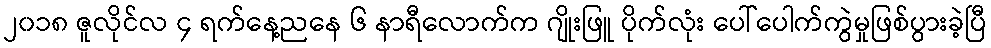
၂၀၁၈ ဇူလိုင်လ ၄ ရက်နေ့ညနေ ၆ နာရီလောက်က ဂျိုးဖြူ ပိုက်လုံး ပေါ်ပေါက်ကွဲမှုဖြစ်ပွားခဲ့ပြီ